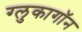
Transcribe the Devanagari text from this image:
ग्लुकागॉन